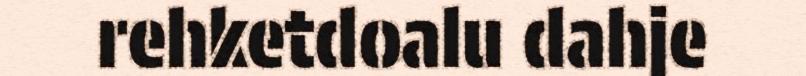
rehketdoalu dahje